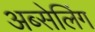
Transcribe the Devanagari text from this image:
अब्सेलिंग